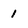
Character: 1